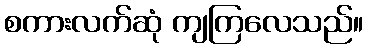
စကားလက်ဆုံ ကျကြလေသည်။